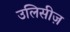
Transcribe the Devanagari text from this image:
उलिसीज़